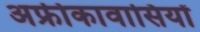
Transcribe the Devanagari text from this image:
अफ्रीकावासियों